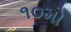
૧૦મો